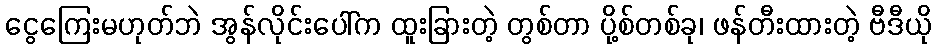
ငွေကြေးမဟုတ်ဘဲ အွန်လိုင်းပေါ်က ထူးခြားတဲ့ တွစ်တာ ပို့စ်တစ်ခု၊ ဖန်တီးထားတဲ့ ဗီဒီယို